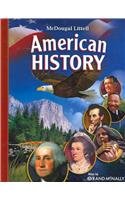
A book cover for McDougal Littell Middle School American History: Student Edition 2008; MCDOUGAL LITTEL; Teen & Young Adult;